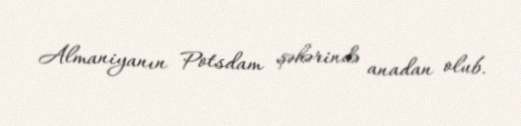
Almaniyanın Potsdam şəhərində anadan olub.